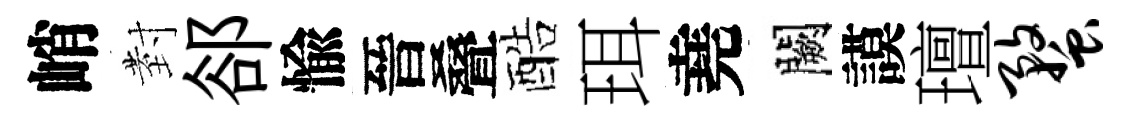
峭𭔹郤愉晉叠酷珥堯闕謨璮蝥